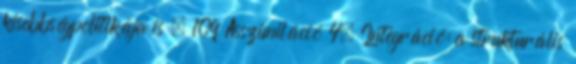
kisebbségpolitikája is . 109 Asszimiláció 4. Integráció: a strukturális